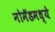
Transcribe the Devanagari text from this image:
नोमॅडमध्ये